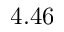
4 . 4 6